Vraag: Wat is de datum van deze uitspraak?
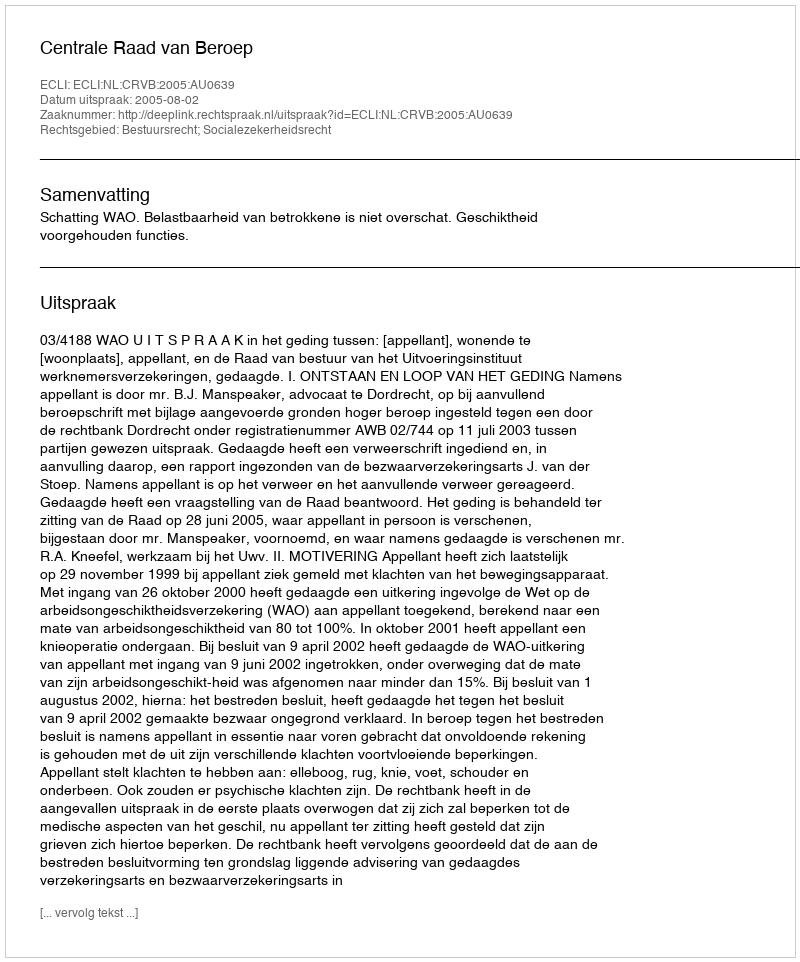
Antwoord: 2005-08-02